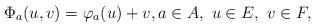
LaTeX: \begin{align*} \Phi_a (u, v) = \varphi_a(u) + v, a\in A,\ u\in E,\ v \in F, \end{align*}